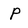
Character: P